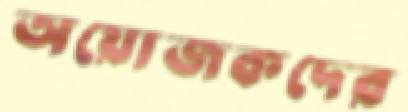
অয়োজকদের